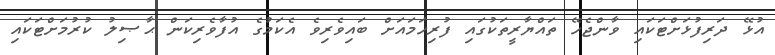
އުޅޭ ދަރިފުޅަށްޓަކައި ވާންޖެހޭ ތައްޔާރީތަކުގައި ފުރިހަމައަށް ބައިވެރިވެ އެކަމުގެ އުފާވެރިކަން ޙާޞިލު ކުރުމަށްޓަކައި